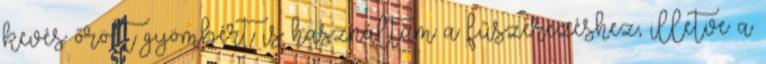
kevés őrölt gyömbért is használtam a fűszerezéshez, illetve a